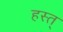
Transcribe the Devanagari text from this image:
हस्त्